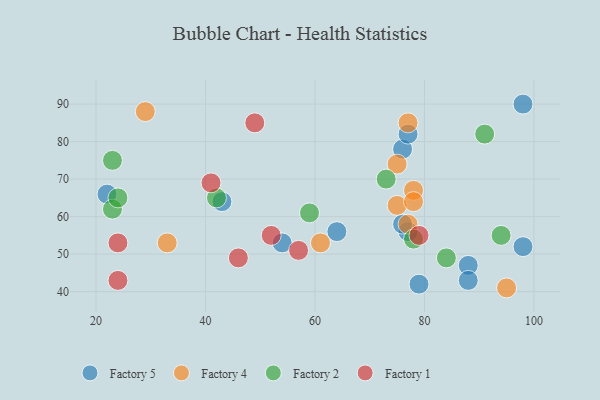
{"axis": {"x": "GDP", "y": "Life Expectancy"}, "legend": ["Factory 1", "Factory 2", "Factory 4", "Factory 5"], "data": [{"x": "79", "y": 42, "type": "Factory 5"}, {"x": "98", "y": 90, "type": "Factory 5"}, {"x": "98", "y": 52, "type": "Factory 5"}, {"x": "77", "y": 56, "type": "Factory 5"}, {"x": "22", "y": 66, "type": "Factory 5"}, {"x": "76", "y": 78, "type": "Factory 5"}, {"x": "54", "y": 53, "type": "Factory 5"}, {"x": "76", "y": 58, "type": "Factory 5"}, {"x": "88", "y": 47, "type": "Factory 5"}, {"x": "64", "y": 56, "type": "Factory 5"}, {"x": "77", "y": 82, "type": "Factory 5"}, {"x": "88", "y": 43, "type": "Factory 5"}, {"x": "43", "y": 64, "type": "Factory 5"}, {"x": "78", "y": 67, "type": "Factory 4"}, {"x": "75", "y": 74, "type": "Factory 4"}, {"x": "33", "y": 53, "type": "Factory 4"}, {"x": "77", "y": 58, "type": "Factory 4"}, {"x": "77", "y": 85, "type": "Factory 4"}, {"x": "95", "y": 41, "type": "Factory 4"}, {"x": "29", "y": 88, "type": "Factory 4"}, {"x": "61", "y": 53, "type": "Factory 4"}, {"x": "75", "y": 63, "type": "Factory 4"}, {"x": "78", "y": 64, "type": "Factory 4"}, {"x": "78", "y": 54, "type": "Factory 2"}, {"x": "23", "y": 62, "type": "Factory 2"}, {"x": "24", "y": 65, "type": "Factory 2"}, {"x": "59", "y": 61, "type": "Factory 2"}, {"x": "91", "y": 82, "type": "Factory 2"}, {"x": "94", "y": 55, "type": "Factory 2"}, {"x": "84", "y": 49, "type": "Factory 2"}, {"x": "73", "y": 70, "type": "Factory 2"}, {"x": "23", "y": 75, "type": "Factory 2"}, {"x": "42", "y": 65, "type": "Factory 2"}, {"x": "49", "y": 85, "type": "Factory 1"}, {"x": "52", "y": 55, "type": "Factory 1"}, {"x": "24", "y": 43, "type": "Factory 1"}, {"x": "57", "y": 51, "type": "Factory 1"}, {"x": "79", "y": 55, "type": "Factory 1"}, {"x": "24", "y": 53, "type": "Factory 1"}, {"x": "46", "y": 49, "type": "Factory 1"}, {"x": "41", "y": 69, "type": "Factory 1"}]}